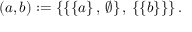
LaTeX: \left( a , b \right) : = \left\{ \left\{ \left\{ a \right\} , \, \emptyset \right\} , \, \left\{ \left\{ b \right\} \right\} \right\} .